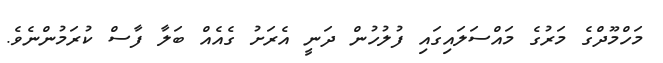
މަހްމޫދްގެ މަރުގެ މައްސަލައިގައި ފުލުހުން ދަނީ އެރަށު ގެއެއް ބަލާ ފާސް ކުރަމުންނެވެ.